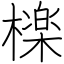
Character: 檪